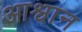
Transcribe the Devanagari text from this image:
आश्वान